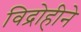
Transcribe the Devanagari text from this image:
विद्रोहीने